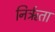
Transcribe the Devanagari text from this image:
निर्ऋता